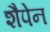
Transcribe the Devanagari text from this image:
शैपेन